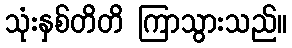
သုံးနှစ်တိတိ ကြာသွားသည်။